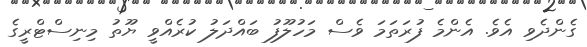
ގެންދެވި އެވެ. އެންމެ ފުރަތަމަ ވެސް މަހުލޫފު ބައްދަލު ކުރެއްވީ ޔޫތު މިނިސްޓްރީގެ